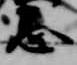
忌